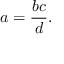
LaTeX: a = { \frac { b c } { d } } .